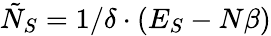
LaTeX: \tilde{N}_{S}=1/\delta\cdot(E_{S}-N\beta)